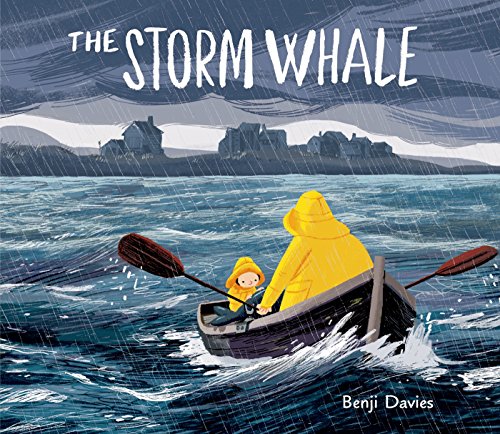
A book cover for The Storm Whale; Benji Davies; Children's Books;